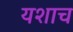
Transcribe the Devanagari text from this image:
यशाच